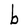
Character: b